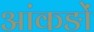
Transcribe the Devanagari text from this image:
आंकङों